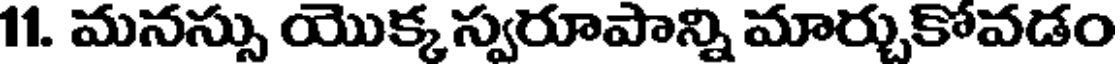
11. మనస్సు యొక్క స్వరూపాన్ని మార్చుకోవడం